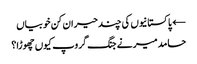
← پاکستانیوں کی چند حیران کن خوبیاں
حامد میر نے جنگ گروپ کیوں چھوڑا؟